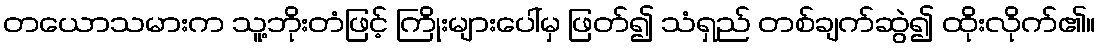
တယောသမားက သူ့ဘိုးတံဖြင့် ကြိုးများပေါ်မှ ဖြတ်၍ သံရှည် တစ်ချက်ဆွဲ၍ ထိုးလိုက်၏။